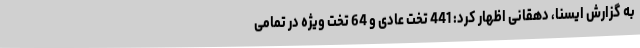
به گزارش ایسنا، دهقانی اظهار کرد: 441 تخت عادی و 64 تخت ویژه در تمامی